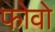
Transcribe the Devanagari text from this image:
फोवो